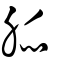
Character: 脈